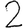
Digit: 2